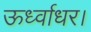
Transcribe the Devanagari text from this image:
ऊर्ध्वाधर।